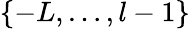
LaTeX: \{ -L,\ldots,l-1\}